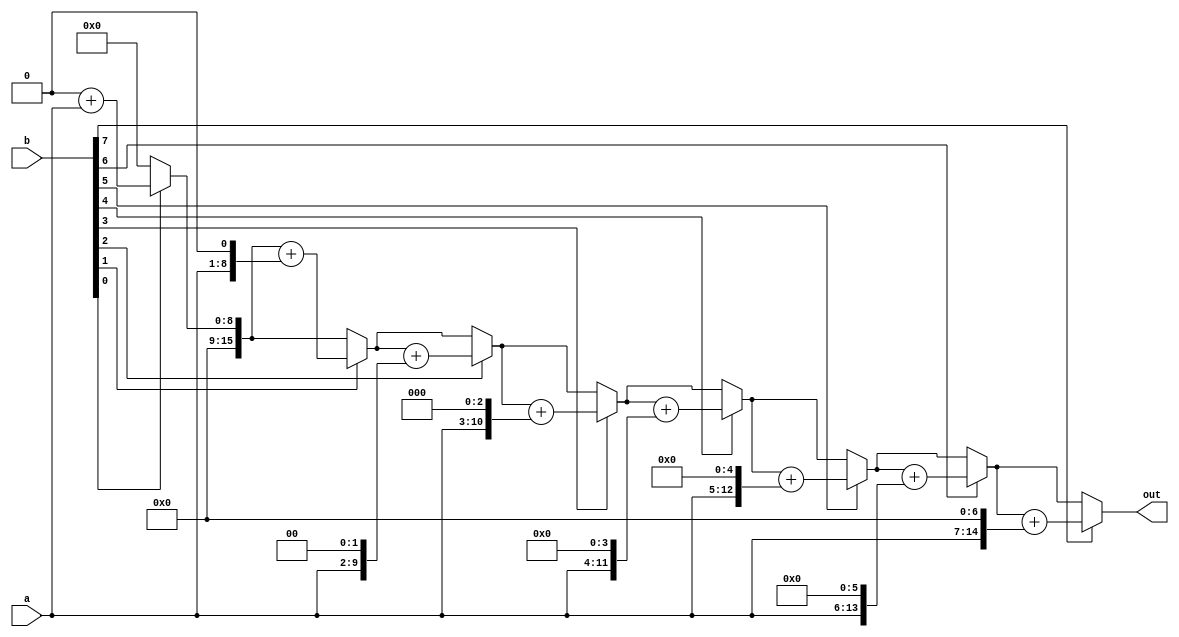
module mult_for(out, a, b);
    parameter size = 8;
    output[2*size:1] out;
    input[size:1] a,b; // implement a*b 8 bits multiplication
    reg[2*size:1] out;
    integer i;

    always @(a or b) begin
        out = 0;
        for (i = 1; i <= size ; i++ ) begin
            if(b[i]) out = out + (a << (i-1)); 
        end
    end

endmodule